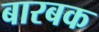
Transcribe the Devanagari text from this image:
बारबक